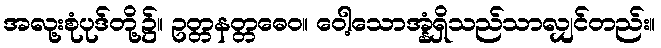
အလု့းစုံပုဒ်တို့၌။ ဥတ္တနတ္တဓေဝ။ ဝေါ့သောအ္နံရှိသည်သာလျှင်တည်း။